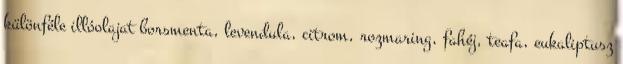
különféle illóolajat borsmenta, levendula, citrom, rozmaring, fahéj, teafa, eukaliptusz